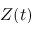
Z ( t )